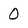
Character: 0